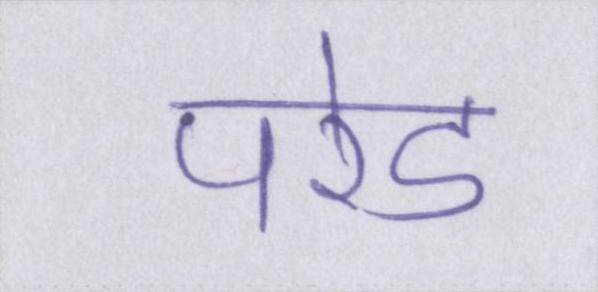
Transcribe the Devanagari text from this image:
परेड